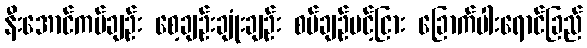
နီးအောင်ကပ်ချဉ်း စေ့ချဉ်းချုံးချဉ်း စပ်ချဉ်ပင့်ငြား ခြောက်ပါးရောင်ခြည်